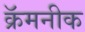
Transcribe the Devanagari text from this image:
क्रॅमनीक